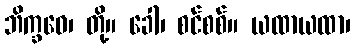
ဘိက္ခဝေ၊ တို့။ ခေါ၊ စင်စစ်။ ယထာယထာ၊